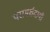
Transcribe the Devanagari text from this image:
परामर्शदायी